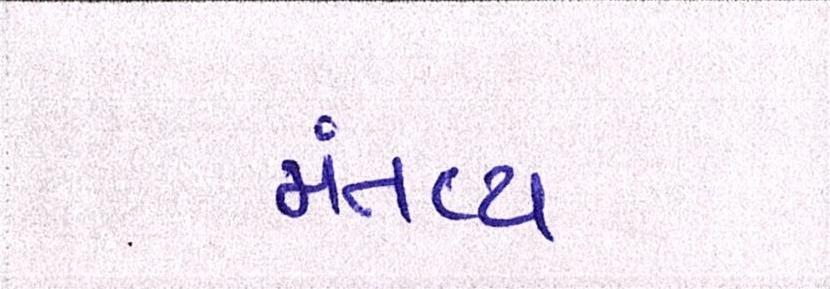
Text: મંતવ્ય